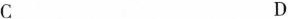
C D